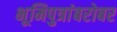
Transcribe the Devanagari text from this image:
भूमिपुत्रांबरोबर